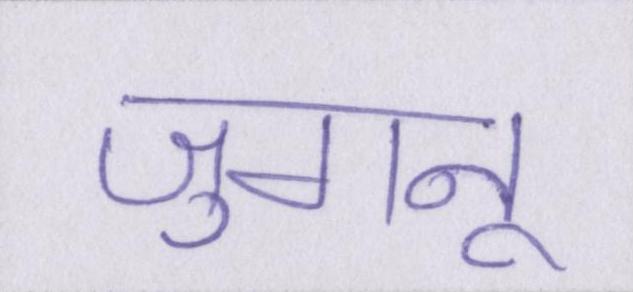
जुगनू